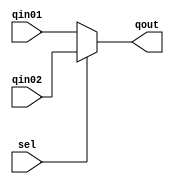
module MUX
  (
  input [63:0] qin01,
  input [63:0] qin02,
  input sel,
  output reg [63:0] qout
  );
  
  always @(sel or qin01 or qin02)
    if (sel)
      qout <= qin02;
    else
      qout <= qin01;
  
endmodule